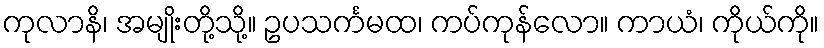
ကုလာနိ၊ အမျိုးတို့သို့။ ဥပသင်္ကမထ၊ ကပ်ကုန်လော။ ကာယံ၊ ကိုယ်ကို။